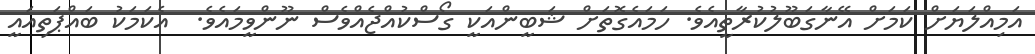
އަމިއްލަޔަށް ކަމަށް އޭނާގަބޫލުކުރާތީއެވެ. ހަމައެގޮތަށް ޝަބީންއަކީ ގޯސްކުއްޖެއްވެސް ނޫންވީމައެވެ.  އެކަމަކު ބައްޕަތިއައީ